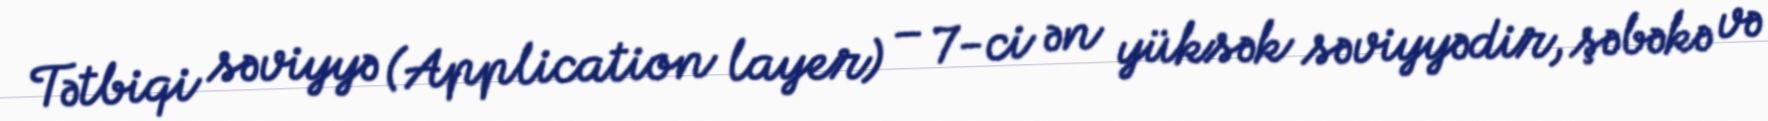
Tətbiqi səviyyə (Application layer) – 7-ci ən yüksək səviyyədir, şəbəkə və